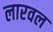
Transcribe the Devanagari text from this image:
लारवल